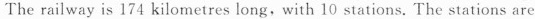
The railway is 174 kilometres long, with 10 stations. The stations are